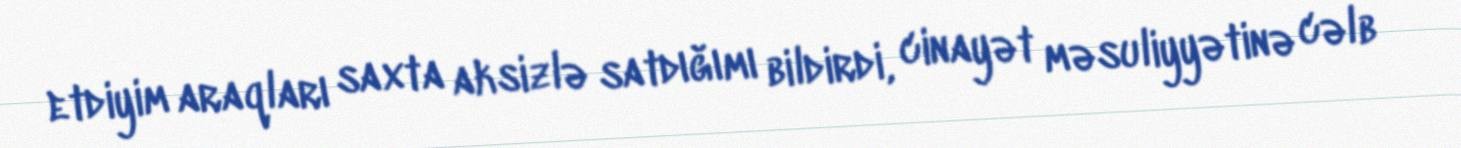
etdiyim araqları saxta aksizlə satdığımı bildirdi, cinayət məsuliyyətinə cəlb